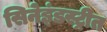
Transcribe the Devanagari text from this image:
सिनेइंडस्ट्रीत